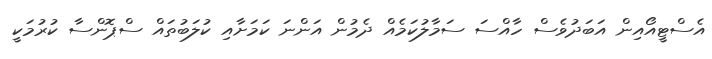
އެސްޓީއޯއިން އަބަދުވެސް ހާއްސަ ސަމާލުކަމެއް ދެމުން އަންނަ ކަމަށާއި ކުލަބުތައް ސްޕޮންސާ ކުރުމަކީ